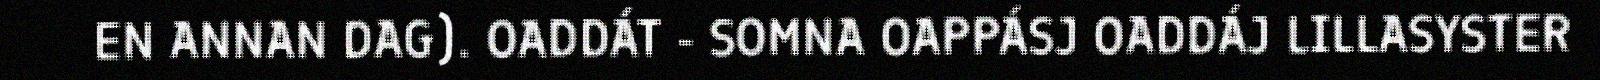
EN ANNAN DAG). OADDÁT - SOMNA OAPPÁSJ OADDÁJ LILLASYSTER